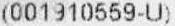
(001910559-U)